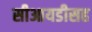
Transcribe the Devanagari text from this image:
सीआयडीसह